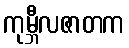
ကုမ္ဘီလဇာတက